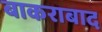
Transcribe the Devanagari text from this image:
बाकराबाद